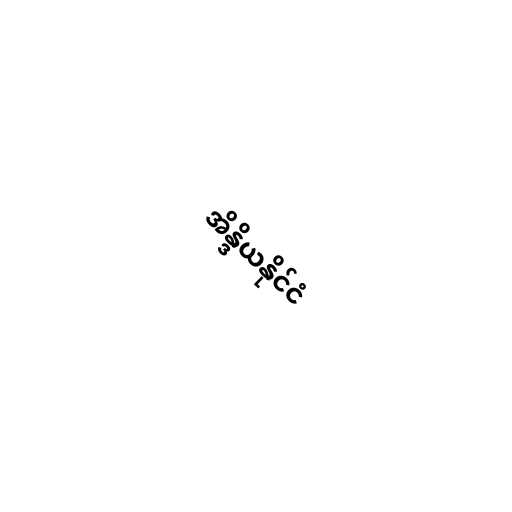
အိန္ဒိယနိုင်ငံ